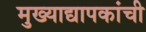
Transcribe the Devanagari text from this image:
मुख्‍याद्यापकांची